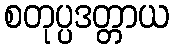
စတုပ္ပဒတ္တာယ